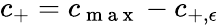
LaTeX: c_{+}=c_{\mathrm{~m~a~x~}}-c_{+,\epsilon}